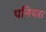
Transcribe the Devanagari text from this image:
पनियरा